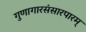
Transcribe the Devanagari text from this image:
गुणागारसंसारपारम्